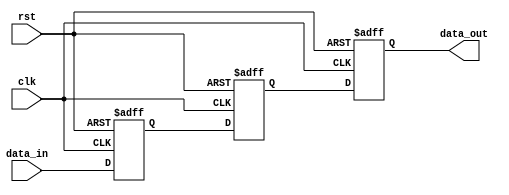
module three_flop_synchronizer (
    input  wire        clk,    // Clock input
    input  wire        rst,    // Reset input
    input  wire        data_in,// Data input to be synchronized
    output reg         data_out// Synchronized data output
);

reg    flop1_out, flop2_out, flop3_out;

// Flip-flop 1
always @(posedge clk or posedge rst)
begin
    if (rst)
        flop1_out <= 1'b0;
    else
        flop1_out <= data_in;
end

// Flip-flop 2
always @(posedge clk or posedge rst)
begin
    if (rst)
        flop2_out <= 1'b0;
    else
        flop2_out <= flop1_out;
end

// Flip-flop 3
always @(posedge clk or posedge rst)
begin
    if (rst)
        flop3_out <= 1'b0;
    else
        flop3_out <= flop2_out;
end

// Output synchronized data
always @(*)
begin
    data_out = flop3_out;
end

endmodule